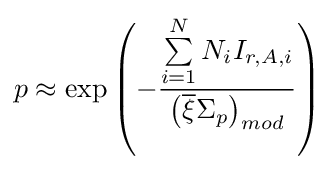
p\approx \mathrm {exp} \left(-{\frac {\sum \limits _{i=1}^{N}N_{i}I_{r,A,i}}{\left({\overline {\xi }}\Sigma _{p}\right)_{mod}}}\right)